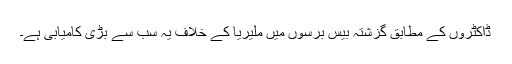
ڈاکٹروں کے مطابق گزشتہ بیس برسوں میں ملیریا کے خلاف یہ سب سے بڑی کامیابی ہے۔